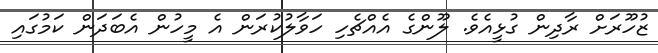
ޒުހޫރަށް ރާދިން ގުޅީއެވެ. ލޫންގެ އެއްޗެހި ހަވާލުކުރަން އެ މީހުން އެބަދަން ކަމުގައި